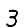
Digit: 3